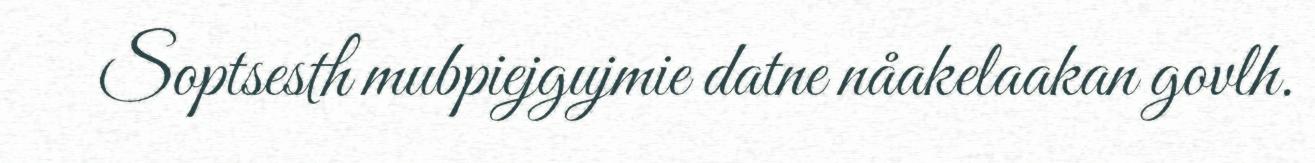
Soptsesth mubpiejgujmie datne nåakelaakan govlh.